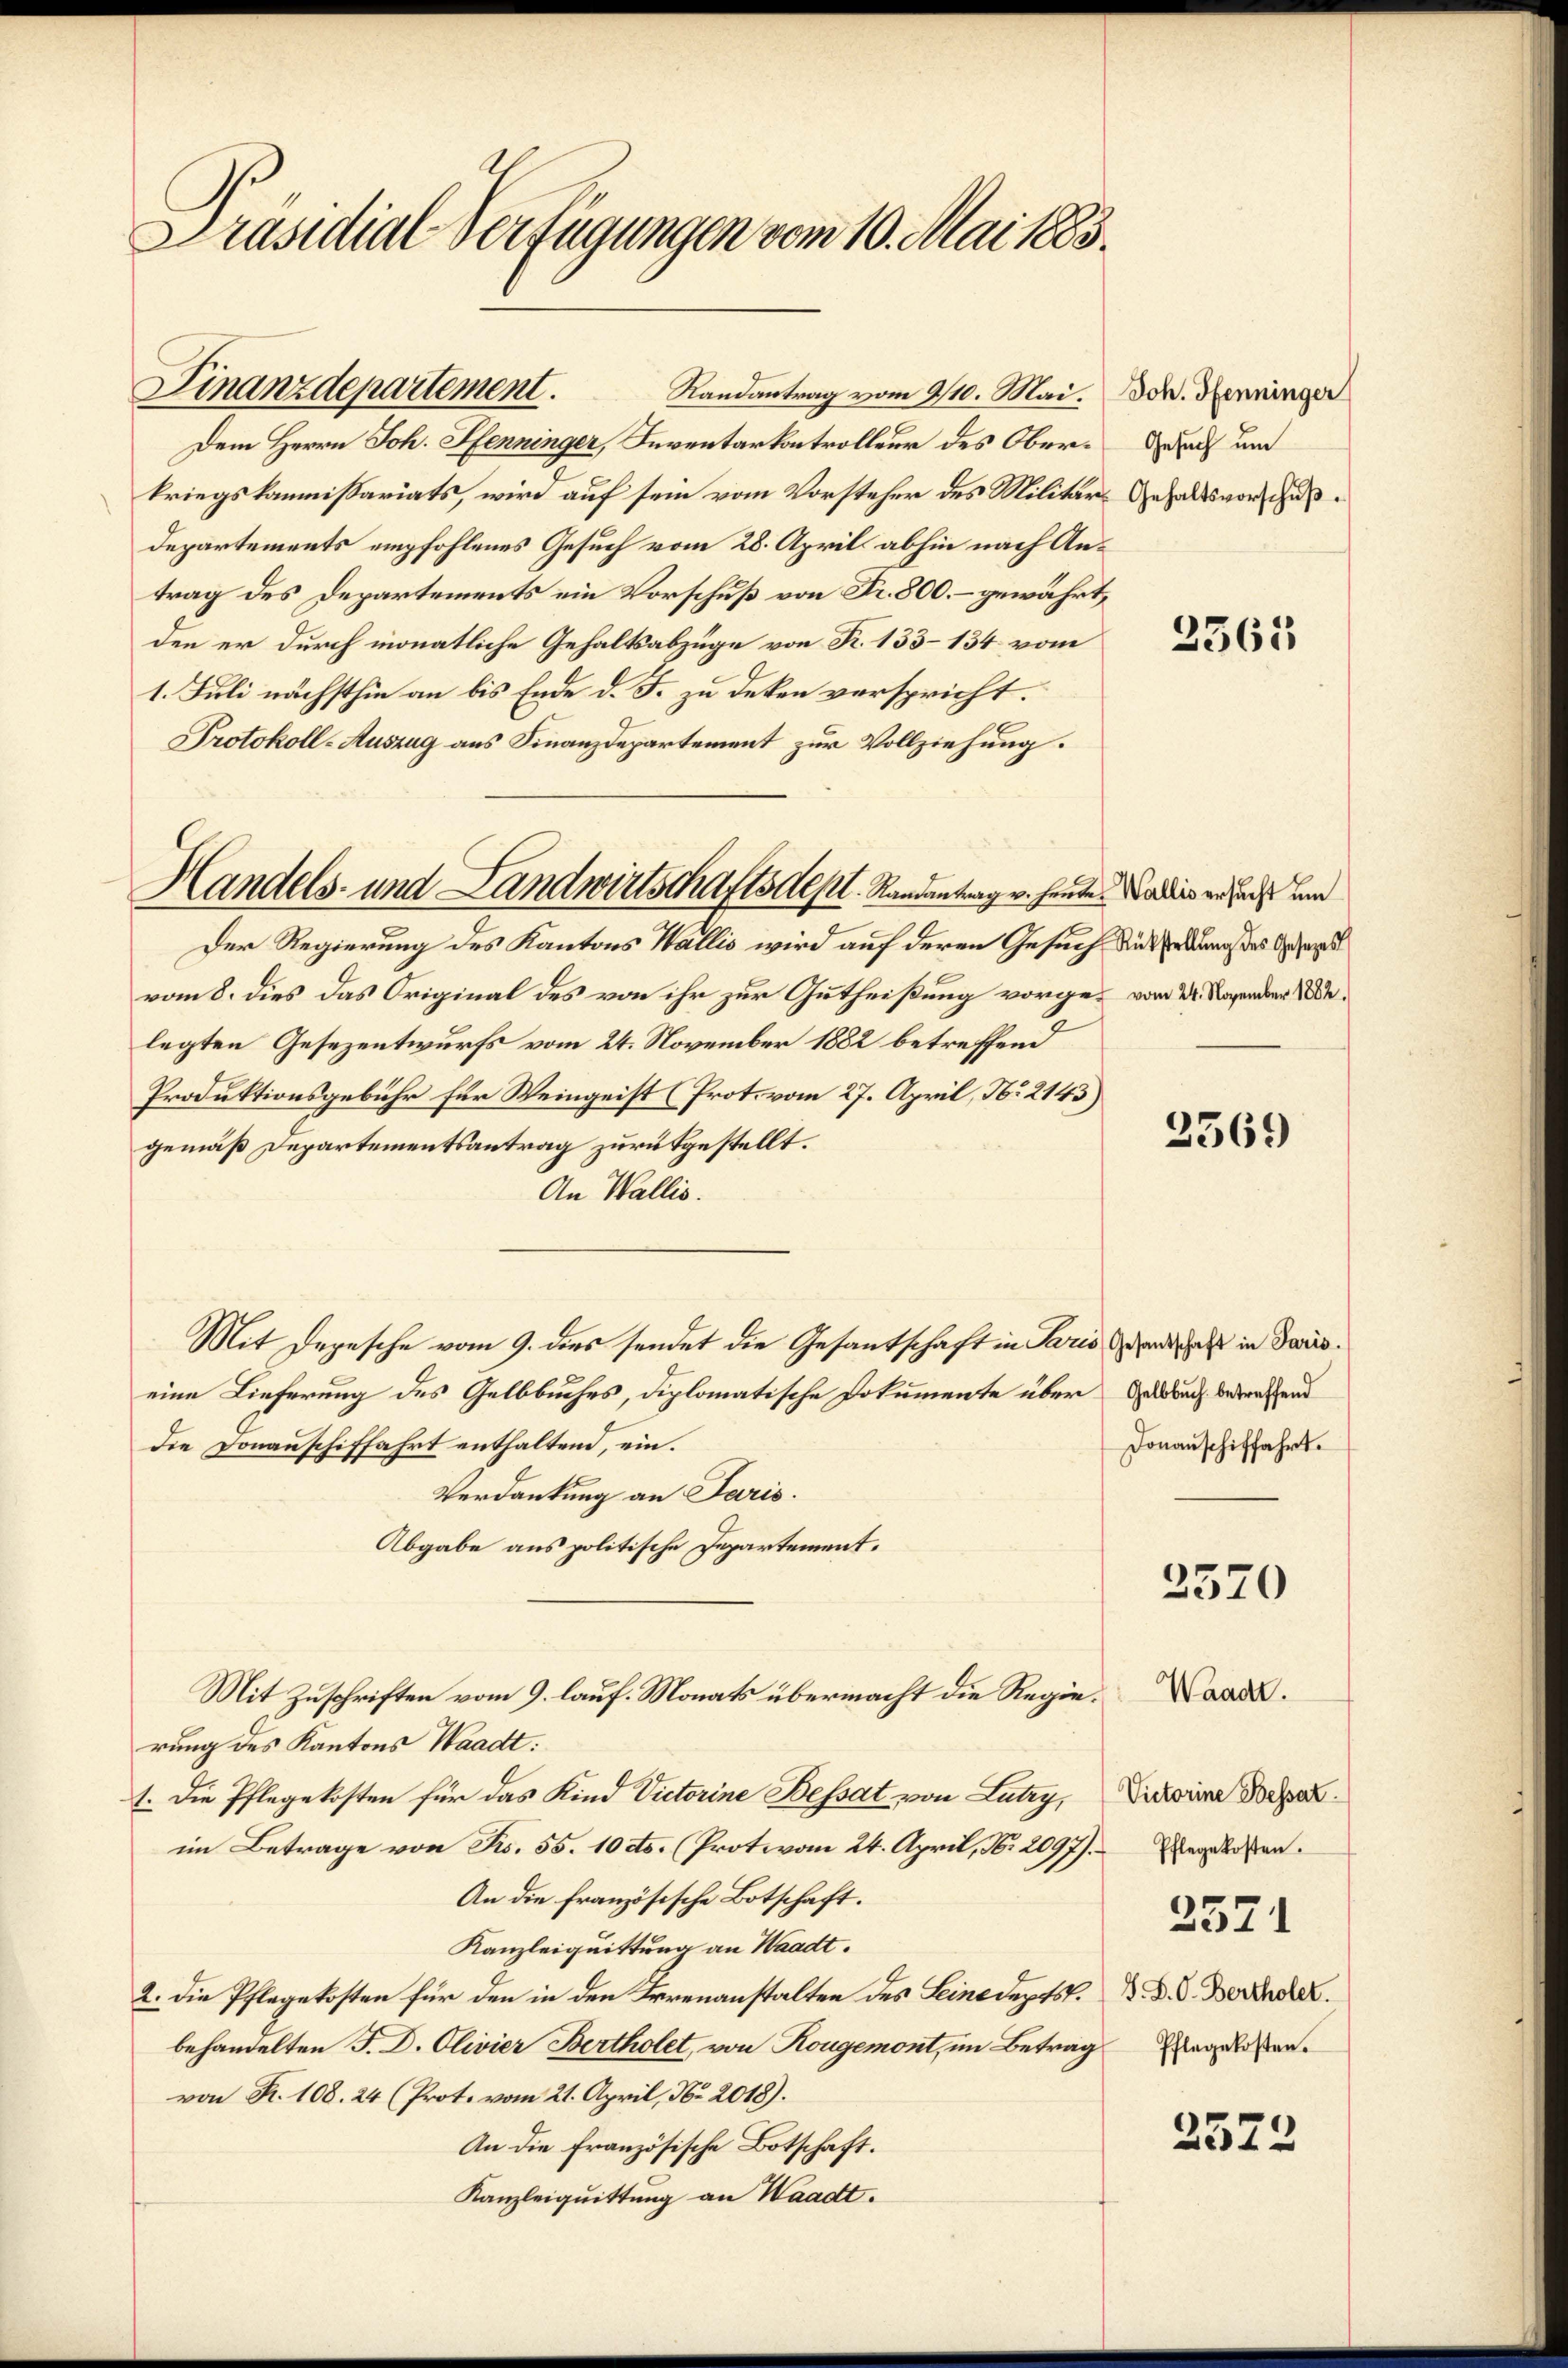
Präsidial-Verfügungen vom 10. Mai 1883.

Finanzdepartement. Randantrag vom 9/10. Mai.

Dem Herrn Joh. Pfenninger, Inventarkontrolleur des Oberkriegskommissariats, wird auf sein vom Vorsteher des Militär¬
Departements empfohlenes Gesuch vom 28. April abhin nach Antrag des Departements ein Vorschuß von Fr. 800. – gewährt,
den er durch monatliche Gehaltsabzüge von Fr. 153–134 vom
1. Juli nächsthin an bis Ende d. J. zu deken verspricht.
Protokoll-Auszug aus Finanzdepartement zur Vollziehung.
Der Regierung des Kantons Wallis wird auf deren Gesuch die Erkung des Gesagt
vom 8. dies das Original des von ihr zur Gutheißung vorge- vom 22. November 1882
legten Gesezentwurfs vom 24. November 1882 betreffend
Produktionsgebühr für Weingeist (Prot. vom 27. April, No 2143)
gemäß Departementsantrag zurükgestellt.
An Wallis.
Mit Depesche vom 9. dies sendet die Gesantschaft in Paris und daß in Pariseine Lieferung des Gelbbuches, diplomatische Dokumente über Geldauch betreffend
die Donauschiffahrt enthaltend, ein.
Verdankung an Paris.
Abgabe aus politische Departement.
Mit Zuschriften vom 9. lauf. Monats übermacht die Regierung des Kantons Waadt:
1. Die Pflegekosten für das Kind Victorine Bessat von Lutry,
im Betrage von Frs. 55. 10 cts. (Protovom 24. April, N. 2097).
An die französische Botschaft.
Kanzleiquittung an Waadt.
2. Die Pflegekosten für den in den Irrenanstalten des Leine depts.
behandelten J. D. Olivier Bertholet, von Rougemont, im Betrag
von R. 108. 24 (Prot. vom 21. April, No 2018).
An die Französische Botschaft.
Kanzleiquittung an Waadt.

Handels- und Landwirtschaftsdept. Randantrag v. heute.

Joh. Pfenninger
Gesuch um
Gehaltsvorschuß.

2563

Wallis ersucht um

2569

Donauschiffahrt.

2570

Waadt.
Victorine Bessat
Pflegekosten.
2571
S. S. O. Bertholet.
Pflegekosten.

2572